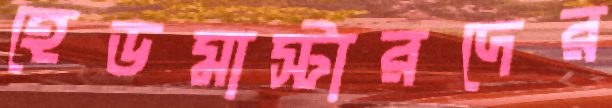
হেডমাস্টারদের